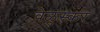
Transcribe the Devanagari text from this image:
वेळुस्कर